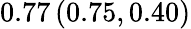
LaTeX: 0.77\left(0.75,0.40\right)